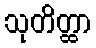
သုတိတ္ထာ